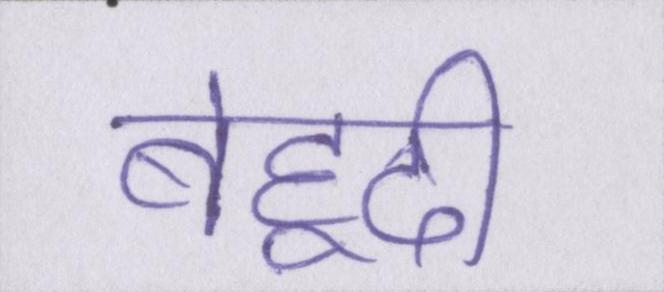
बेहूदी